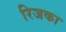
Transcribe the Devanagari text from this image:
रिजका